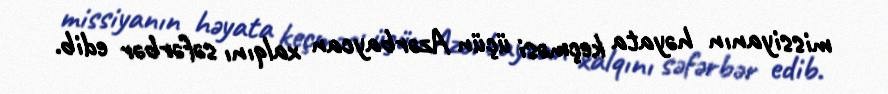
missiyanın həyata keçməsi üçün Azərbaycan xalqını səfərbər edib.